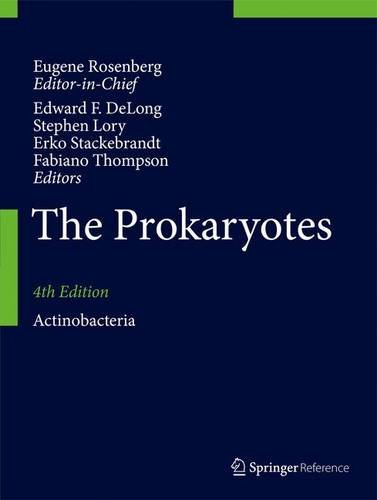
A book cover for The Prokaryotes: Actinobacteria; Medical Books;